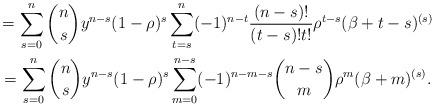
LaTeX: \begin{gather*}=\sum_{s=0}^{n}\binom{n}{s}y^{n-s}(1-\rho )^{s}\sum_{t=s}^{n}(-1)^{n-t}\frac{(n-s)!}{(t-s)!t!}\rho ^{t-s}(\beta +t-s)^{(s)} \\=\sum_{s=0}^{n}\binom{n}{s}y^{n-s}(1-\rho )^{s}\sum_{m=0}^{n-s}(-1)^{n-m-s}\binom{n-s}{m}\rho ^{m}(\beta +m)^{(s)}.\end{gather*}